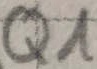
Text: Q1